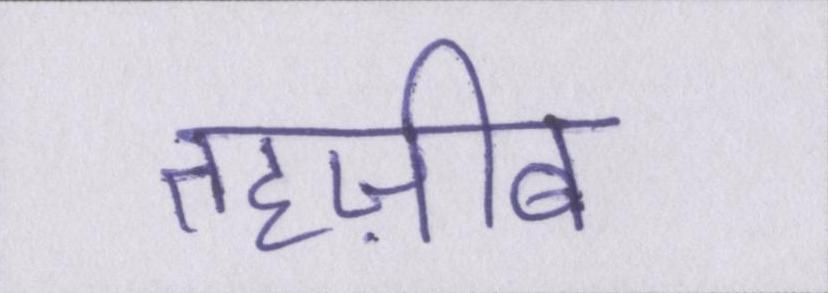
तहज़ीब